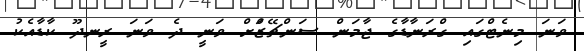
ވަނަ މިނެޓްގައި ގްރަނާޑާގެ ޖާމަން ސަންޗޭޒްަށް ވަނީ ދެ ވަނަ ރީނދޫ ކާޑާއެކު